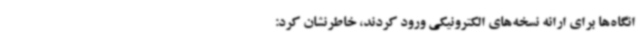
انگاه‌ها برای ارائه نسخه‌های الکترونیکی ورود کردند، خاطرنشان کرد: